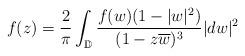
LaTeX: \begin{align*} f(z) = \frac{2}{\pi} \int_{\mathbb{D}} \frac{f(w)(1-|w|^2)}{(1-z\overline{w})^3} |dw|^2 \end{align*}